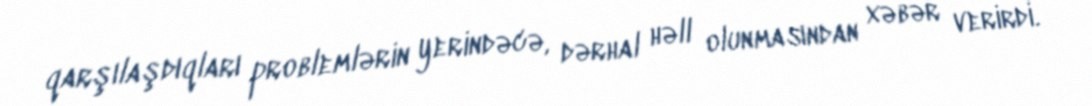
qarşılaşdıqları problemlərin yerindəcə, dərhal həll olunmasından xəbər verirdi.